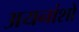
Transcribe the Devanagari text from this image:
अयनांशों